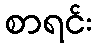
စာရင်း